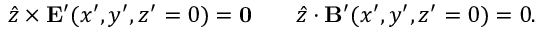
{ \hat { z } } \times { \bf E } ^ { \prime } ( x ^ { \prime } , y ^ { \prime } , z ^ { \prime } = 0 ) = { \bf 0 } \; \; \; \; \; \; \; { \hat { z } } \cdot { \bf B } ^ { \prime } ( x ^ { \prime } , y ^ { \prime } , z ^ { \prime } = 0 ) = 0 .